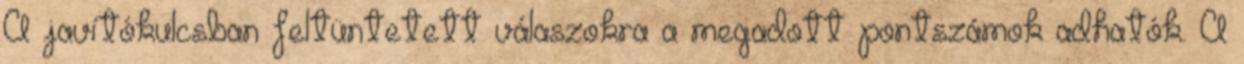
A javítókulcsban feltüntetett válaszokra a megadott pontszámok adhatók. A